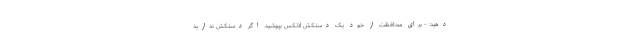
دهید: - برای محافظت از خود یک دستکش لاتکس بپوشید. اگر دستکش ندارید